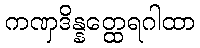
ကဏှဒိန္နတ္ထေရဂါထာ